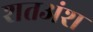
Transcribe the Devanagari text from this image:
शतअंश